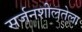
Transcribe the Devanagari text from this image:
सर्जनशीलतेला